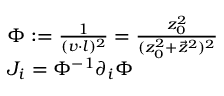
\begin{array} { l } { { \Phi : = { \frac { 1 } { ( v \cdot l ) ^ { 2 } } } = { \frac { z _ { 0 } ^ { 2 } } { ( z _ { 0 } ^ { 2 } + \vec { z } ^ { 2 } ) ^ { 2 } } } } } \\ { { J _ { i } = \Phi ^ { - 1 } \partial _ { i } \Phi } } \end{array}